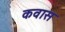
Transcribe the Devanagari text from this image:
कवास